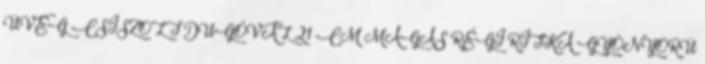
ÜVEG CSISZOLT DUGÓVAL 21 CM MAGAS RÉGI RITKA GYÖNYÖRÜ